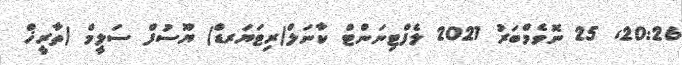
20:26